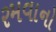
રમવાનો